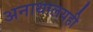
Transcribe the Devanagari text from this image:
अनाथालयही